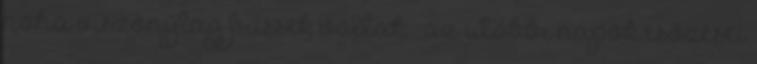
noha viszonylag frissek voltak – az utóbbi napok esőzései